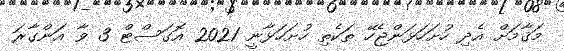
މަޤާމަށް އެދި ހުށަހަޅަންޖެހޭ ތަކެތި ހުށަހަޅާނީ 2021 އޮގަސްޓް 3 ވާ އަންގާރަ